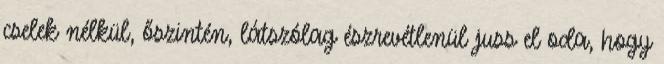
cselek nélkül, őszintén, látszólag észrevétlenül juss el oda, hogy